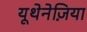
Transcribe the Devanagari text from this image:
यूथेनेज़िया